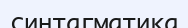
синтагматика